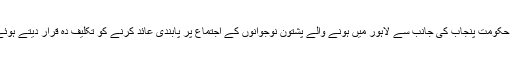
22 اپریل2018ء) پاکستان مسلم لیگ (ن) کے سینیٹر پرویز رشید نے حکومت پنجاب کی جانب سے لاہور میں ہونے والے پشتون نوجوانوں کے اجتماع پر پابندی عائد کرنے کو تکلیف دہ قرار دیتے ہوئے کہا ہے کہ یہ وقت زخموں کو کریدنے کا نہیں مرہم رکھنے کا ہے۔